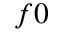
f 0